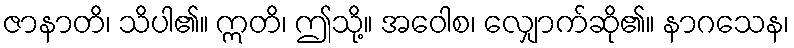
ဇာနာတိ၊ သိပါ၏။ ဣတိ၊ ဤသို့။ အဝေါစ၊ လျှောက်ဆို၏။ နာဂသေန၊